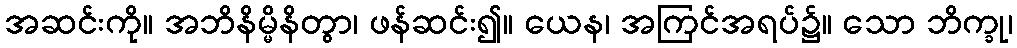
အဆင်းကို။ အဘိနိမ္မိနိတွာ၊ ဖန်ဆင်း၍။ ယေန၊ အကြင်အရပ်၌။ သော ဘိက္ခု၊